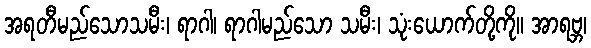
အရတီမည်သောသမီး၊ ရာဂါ၊ ရာဂါမည်သော သမီး၊ သုံးယောက်တို့ကို။ အာရဗ္ဘ၊